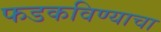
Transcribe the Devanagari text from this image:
फडकविण्याचा